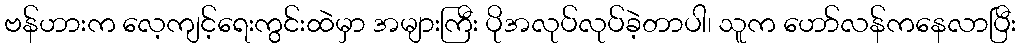
ဗန်ဟားက လေ့ကျင့်ရေးကွင်းထဲမှာ အများကြီး ပိုအလုပ်လုပ်ခဲ့တာပါ၊ သူက ဟော်လန်ကနေလာပြီး